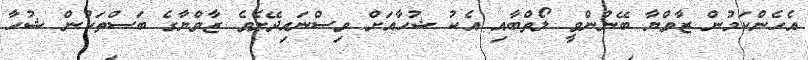
އެހެންކަމުން ޒާވްޔާ ބޭނުންވީ ލޯތްބާއި އެކު ޝުހާއަށް ވިސްނައިދޭށެވެ ޒާވްޔާގެ ބަސްތަކުން ޝުހާ